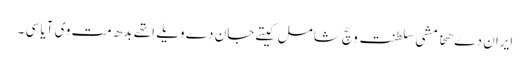
ایران دے ھخامشی سلطنت وچّ شامل کیتے جان دے ویلے اتھے بدھ مت وی آیا سی ۔